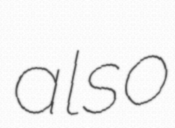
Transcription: also